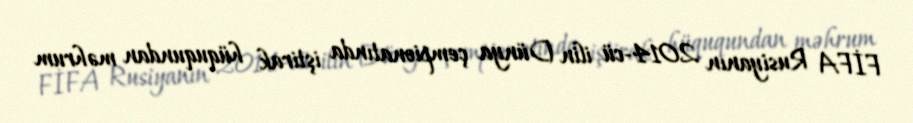
FİFA Rusiyanın 2014-cü ilin Dünya çempionatında iştirak hüququndan məhrum